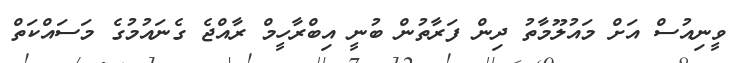
ވީނިއުސް އަށް މައުލޫމާތު ދިން ފަރާތުން ބުނީ އިބްރާހީމް ރާއްޖެ ގެނައުމުގެ މަސައްކަތް